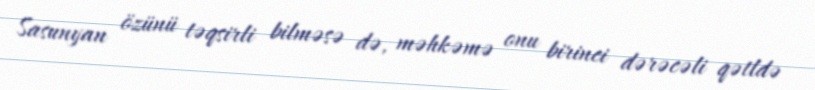
Sasunyan özünü təqsirli bilməsə də, məhkəmə onu birinci dərəcəli qətldə